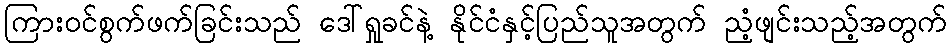
ကြားဝင်စွက်ဖက်ခြင်းသည် ဒေါ်ရှုခင်နဲ့ နိုင်ငံနှင့်ပြည်သူအတွက် ညံ့ဖျင်းသည့်အတွက်